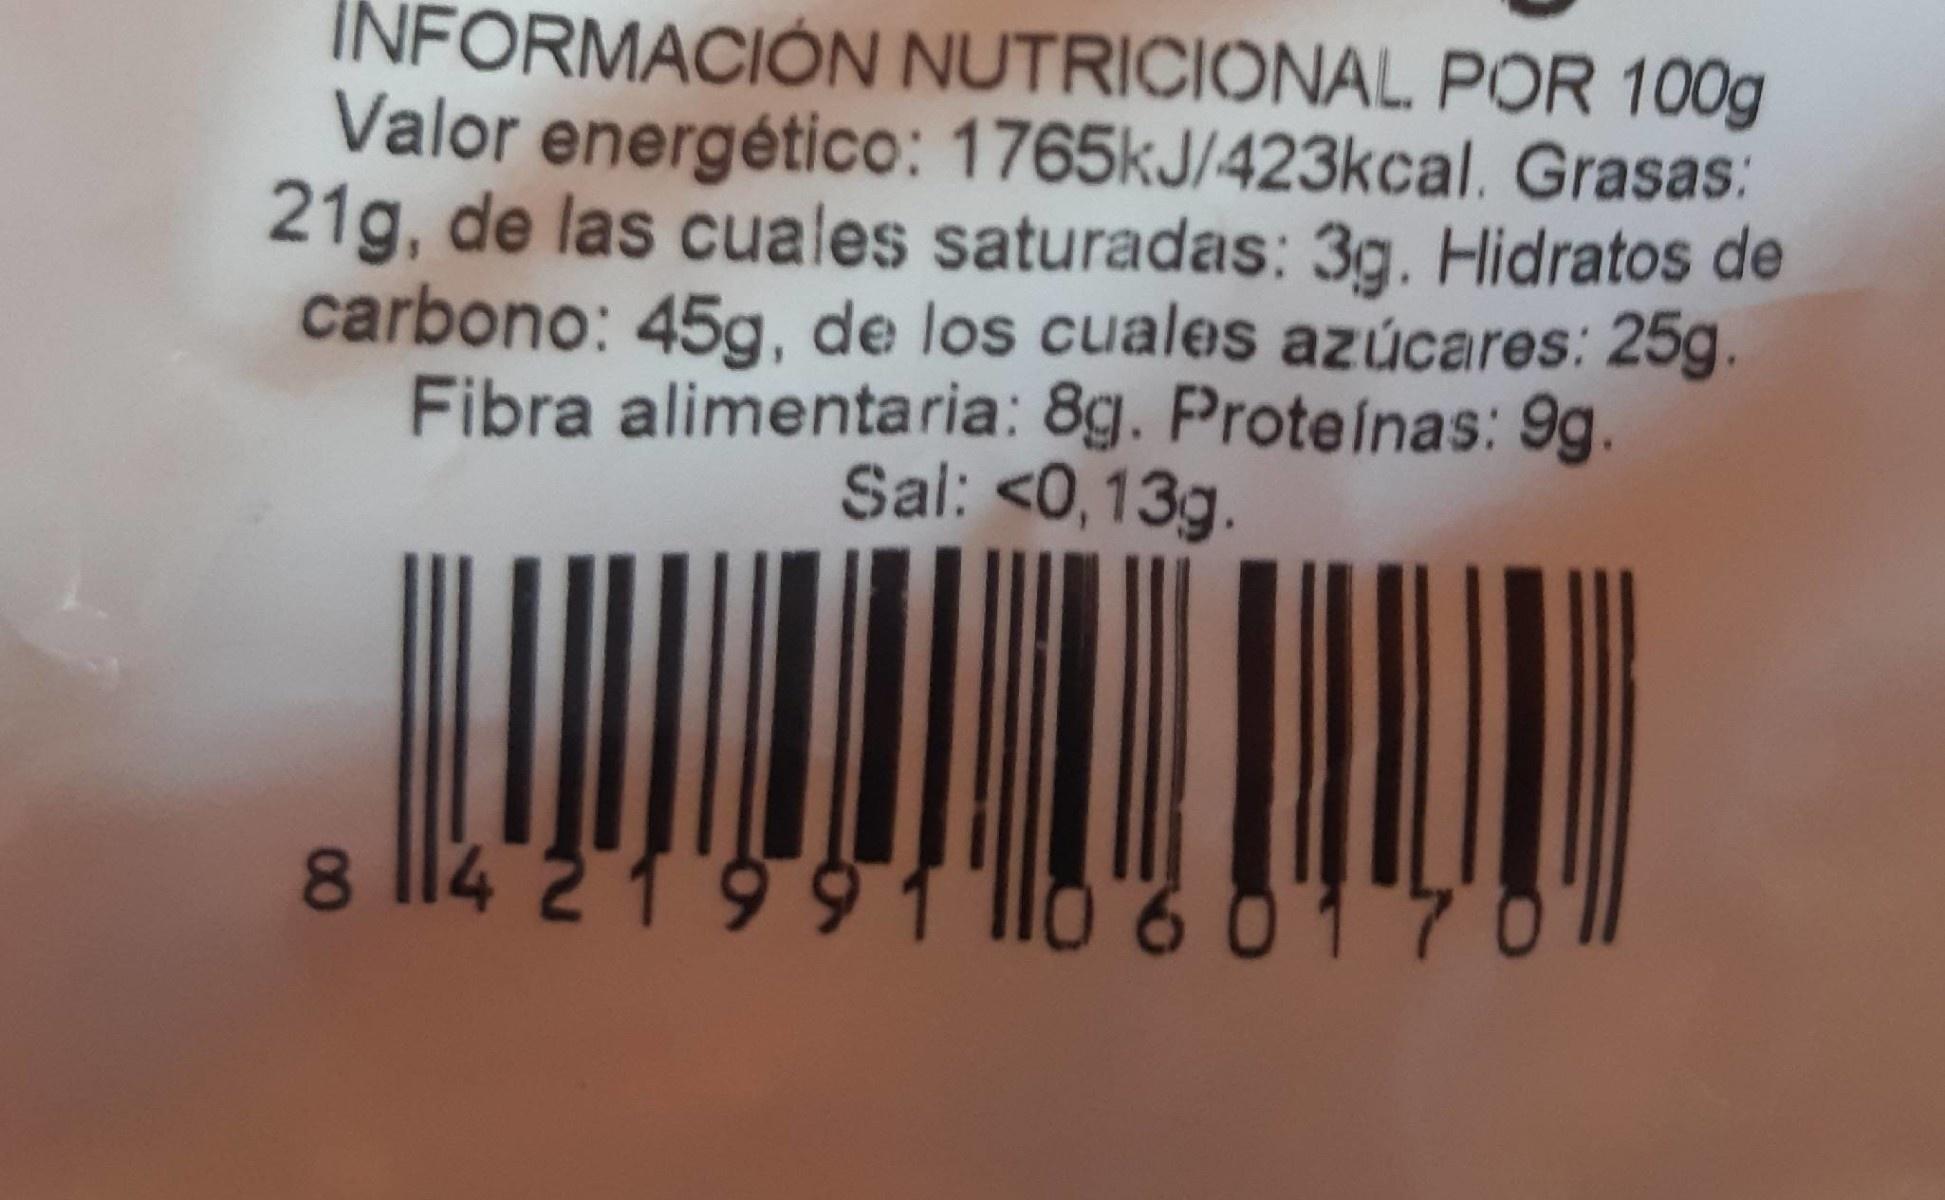
INFORMACIÓN NUTRICIONAL POR 100g Valor energético: 1765kJ/423kcal. Grasas: 21g, de las cuales saturadas: 3g. Hidratos de carbono: 45g, de los cuales azúcares: 25g. Fibra alimentaria: 8g. Proteínas: 9g. Sal: <0,13g
8 114 21991 l106 0170